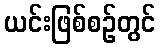
ယင်းဖြစ်စဉ်တွင်